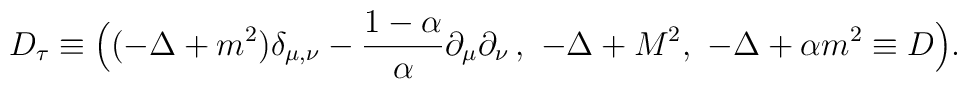
D_{\tau} \equiv \Bigl( (- \Delta +m^2 ) \delta_{\mu , \nu} - \frac{1-\alpha }{\alpha } \partial _{\mu}  \partial _{\nu}\, ,\,\, - \Delta + M^2 ,\,\, -\Delta + \alpha  m^2 \equiv D \Bigr) .